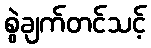
စွဲချက်တင်သင့်